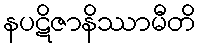
နပဋိဇာနိဿာမီတိ